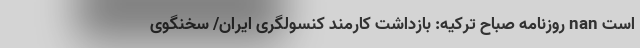
است nan روزنامه صباح ترکیه: بازداشت کارمند کنسولگری ایران/ سخنگوی